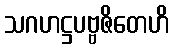
သဂဟဋ္ဌပဗ္ဗဇိတေဟိ